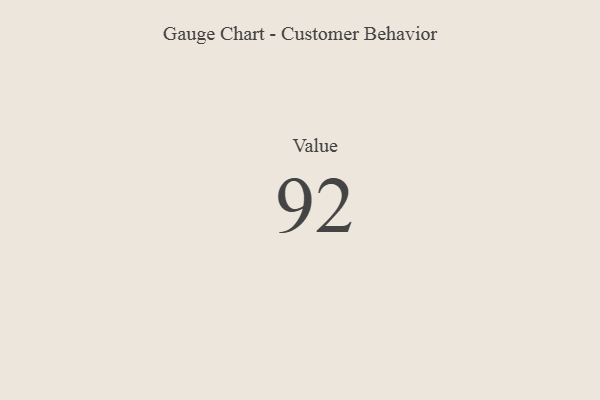
{"axis": {"x": "Metric", "y": "Value"}, "legend": [""], "data": [{"x": "Value", "y": 92, "type": ""}]}